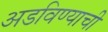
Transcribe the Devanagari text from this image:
अडविण्याची